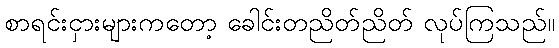
စာရင်းငှားများကတော့ ခေါင်းတညိတ်ညိတ် လုပ်ကြသည်။